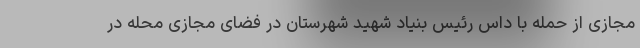
مجازی از حمله با داس رئیس بنیاد شهید شهرستان در فضای مجازی محله در